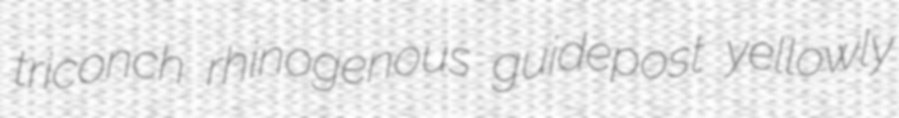
triconch rhinogenous guidepost yellowly